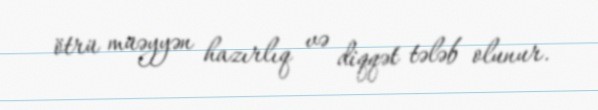
ötrü müəyyən hazırlıq və diqqət tələb olunur.